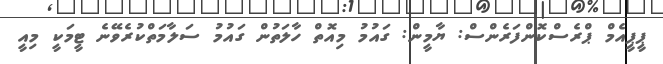
ޕީޕީއެމް ޕްރެސްކޮންފަރެންސް: ޔާމީން: ގައުމު މިއޮތް ހާލަތުން ގައުމު ސަލާމަތްކުރެވޭނެ ޓީމަކީ މިއީ